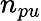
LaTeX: n_{pu}